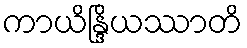
ကာယိန္ဒြိယဿာတိ